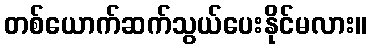
တစ်ယောက်ဆက်သွယ်ပေးနိုင်မလား။